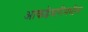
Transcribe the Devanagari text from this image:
आकडेवारीमधील